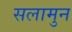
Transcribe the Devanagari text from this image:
सलामुन